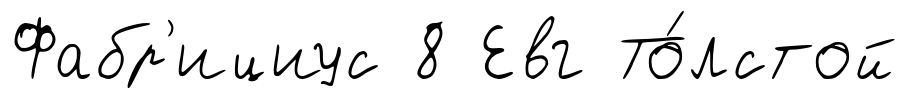
Фабр'ициус 8 Евг То́лстой